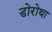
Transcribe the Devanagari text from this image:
डोरोथा